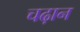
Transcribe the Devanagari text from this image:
चढ़ान